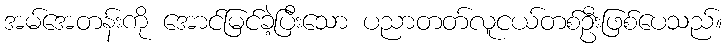
အမ်အေတန်းကို အောင်မြင်ခဲ့ပြီးသော ပညာတတ်လူငယ်တစ်ဦးဖြစ်ပေသည်။